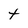
Character: t